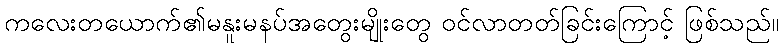
ကလေးတယောက်၏မနူးမနပ်အတွေးမျိုးတွေ ဝင်လာတတ်ခြင်းကြောင့် ဖြစ်သည်။